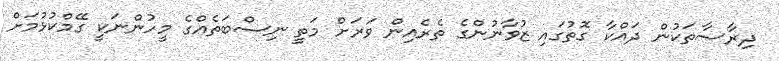
ދިރާސާތަކުން ދައްކާ ގޮތުގައި ޒުވާނުންގެ ތެރެއިން ވަރަށް މަތީ ނިސްބަތެއްގެ މީހުންނަކީ ގޭމްކުޅުމަށް